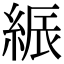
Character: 𦁟